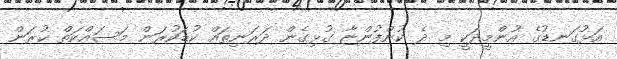
އަޅުގަނޑުގެ އުންމީދަކީ މި ދެ ކުންފުންޏާ ގުޅިގެން ދަރަނިތައް ކުޑަކުރަން މަސައްކަތް ކުރަން